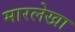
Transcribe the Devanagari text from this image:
मारलेखा